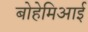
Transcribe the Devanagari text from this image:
बोहेमिआई